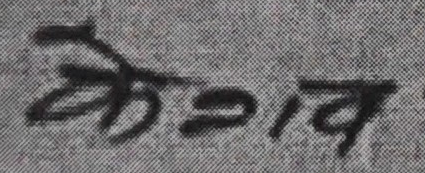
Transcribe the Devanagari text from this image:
केशव